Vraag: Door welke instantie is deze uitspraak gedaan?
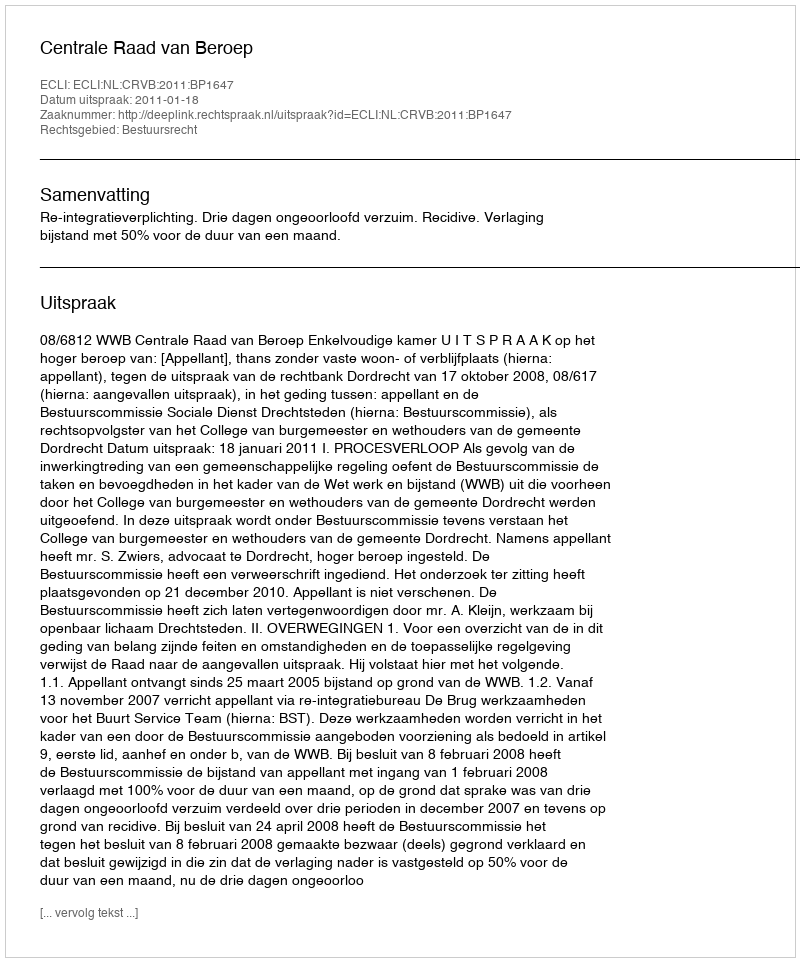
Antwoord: Centrale Raad van Beroep